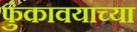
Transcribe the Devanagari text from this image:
फुंकावयाच्या